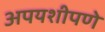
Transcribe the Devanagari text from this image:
अपयशीपणे